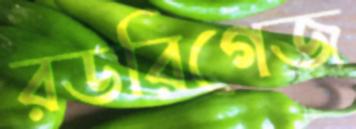
রডরিগেজ